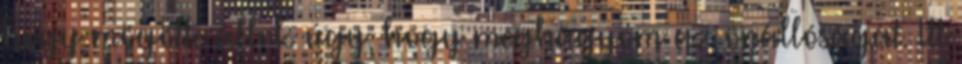
hogy mögötte állok úgy, hogy meghagyom az önállóságát. Itt